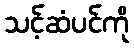
သင့်ဆံပင်ကို